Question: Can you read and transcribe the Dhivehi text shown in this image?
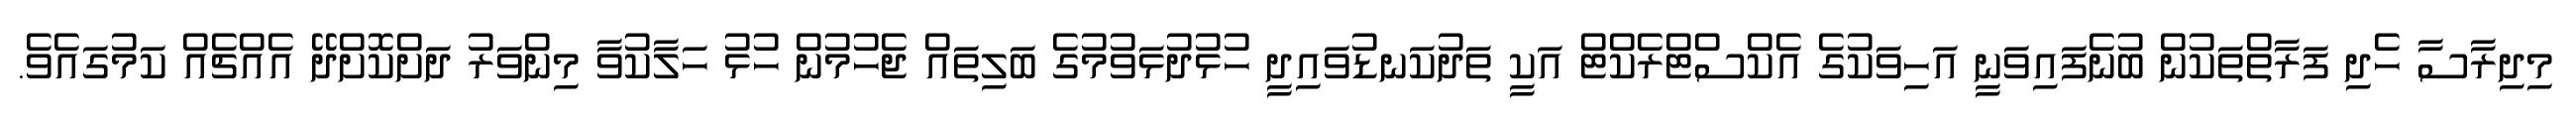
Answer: މިދިރާސާ ހެދި ފަރާތްތަކުން ބުނެފައިވަނީ އަހިވަކުގެ އެކްސްޓްރެކްޓް އަކީ ތަދުކަނޑުވައިދީ ހުޅުދުޅަވުމުގެ ބަލިތައް ޖެހުމުން ހުޅު ހަލާކުވާ މިންވަރު ދަށްކޮށްދޭ އެއްޗެއް ކަމުގައެވެ.